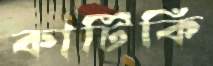
কাটিকি